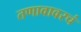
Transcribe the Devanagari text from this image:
तणावावरचं